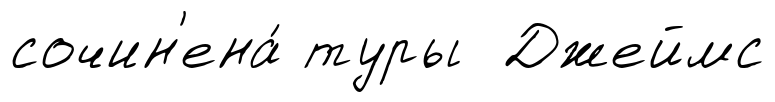
сочин'ена́ туры Джеймс